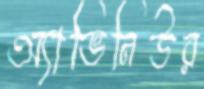
অ্যাভিনিউর